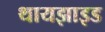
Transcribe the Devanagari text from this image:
थायझाइड